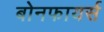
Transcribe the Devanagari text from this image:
बोनफायर्स